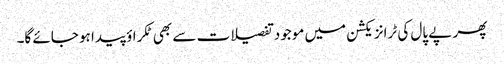
پھر پے پال کی ٹرانزیکشن میں موجود تفصیلات سے بھی ٹکراؤ پیدا ہو جائے گا۔